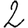
Digit: 2